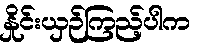
နှိုင်းယှဉ်ကြည့်ပါက